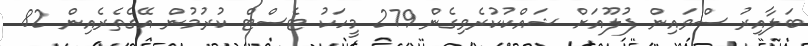
ބަލާއިރު ސްވައިން ފުލޫއަށް ޝައްކުކުރެވިގެން 279 މީހަކު ޓެސްޓް ކުރުމުން އޭގެތެރެއިން 82